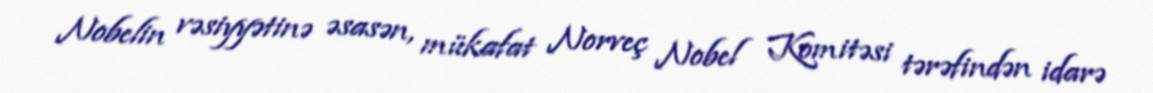
Nobelin vəsiyyətinə əsasən, mükafat Norveç Nobel Komitəsi tərəfindən idarə